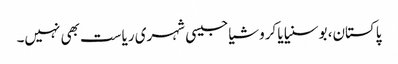
پاکستان، بوسنیا یا کروشیا جیسی شہری ریاست بھی نہیں۔